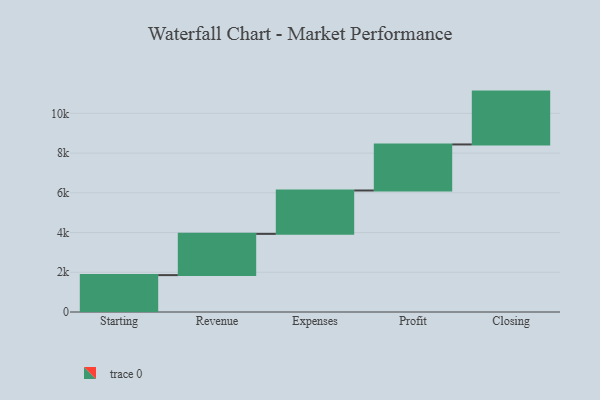
{"axis": {"x": "Step", "y": "Value"}, "legend": [""], "data": [{"x": "Starting", "y": 1857.0, "type": ""}, {"x": "Revenue", "y": 2077.0, "type": ""}, {"x": "Expenses", "y": 2184.0, "type": ""}, {"x": "Profit", "y": 2318.0, "type": ""}, {"x": "Closing", "y": 2661.0, "type": ""}]}